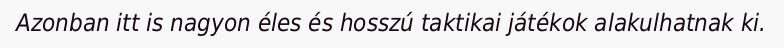
Azonban itt is nagyon éles és hosszú taktikai játékok alakulhatnak ki.